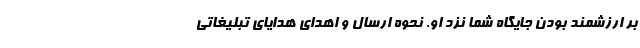
بر ارزشمند بودن جایگاه شما نزد او. نحوه ارسال و اهدای هدایای تبلیغاتی